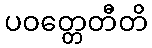
ပဝတ္တေတီတိ